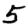
Digit: 5